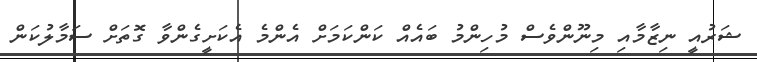
ޝަރުއީ ނިޒާމާއި މިނޫންވެސް މުހިންމު ބައެއް ކަންކަމަށް އެންމެ އެކަށީގެންވާ ގޮތަށް ސަމާލުކަން